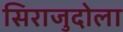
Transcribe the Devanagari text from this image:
सिराजुदोला